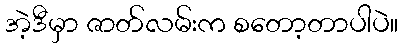
အဲ့ဒီမှာ ဇာတ်လမ်းက စတော့တာပါပဲ။